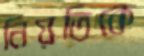
নিয়তিকে